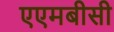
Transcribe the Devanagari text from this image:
एएमबीसी